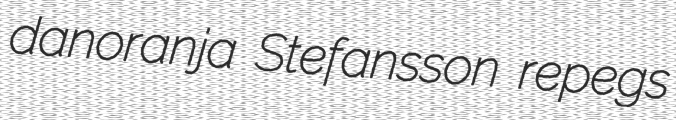
danoranja Stefansson repegs